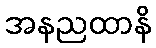
အနညထာနိ